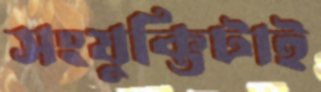
সংযুক্তিটাই